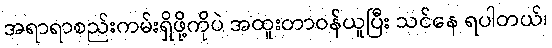
အရာရာစည်းကမ်းရှိဖို့ကိုပဲ အထူးတာဝန်ယူပြီး သင်နေ ရပါတယ်၊